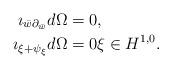
LaTeX: \begin{align*} \imath_{\bar w \partial_{\bar w}}d\Omega&=0, \\ \imath_{\xi+\psi_\xi}d\Omega&=0 \xi\in H^{1,0}. \end{align*}